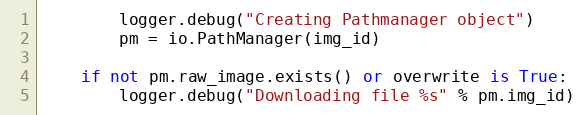
Language: Python
        logger.debug("Creating Pathmanager object")
        pm = io.PathManager(img_id)

    if not pm.raw_image.exists() or overwrite is True:
        logger.debug("Downloading file %s" % pm.img_id)